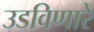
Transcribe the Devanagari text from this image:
उडविणारे